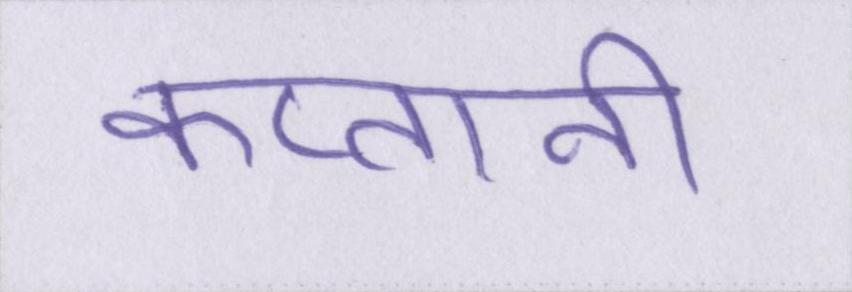
कप्तानी